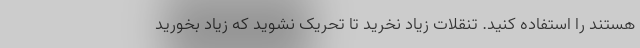
هستند را استفاده کنید. تنقلات زیاد نخرید تا تحریک نشوید که زیاد بخورید